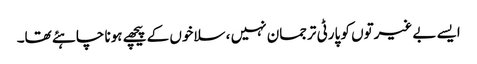
ایسے بے غیرتوں کو پارٹی ترجمان نہیں ، سلاخوں کے پیچھے ہونا چاہئے تھا۔